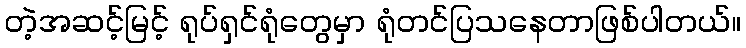
တဲ့အဆင့်မြင့် ရုပ်ရှင်ရုံတွေမှာ ရုံတင်ပြသနေတာဖြစ်ပါတယ်။